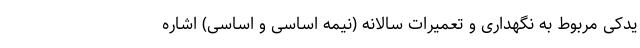
یدکی مربوط به نگهداری و تعمیرات سالانه (نیمه‌ اساسی و اساسی) اشاره